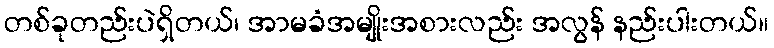
တစ်ခုတည်းပဲရှိတယ်၊ အာမခံအမျိုးအစားလည်း အလွန် နည်းပါးတယ်။